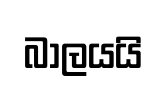
බාලයයි